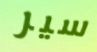
سير